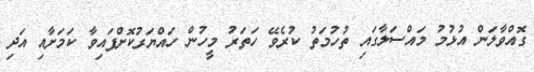
ގޮއްވާލަން އުޅުމު މައްސަލާގައި ތުހުމަތު ކުރެވޭ ހަތަރު މީހުން ހައްޔަރުކޮށްފައިވާ ކަމަށާއި އަދި